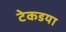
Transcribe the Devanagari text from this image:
टेकडया